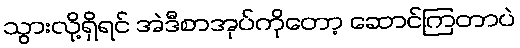
သွားလို့ရှိရင် အဲဒီစာအုပ်ကိုတော့ ဆောင်ကြတာပဲ